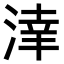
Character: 𣸉